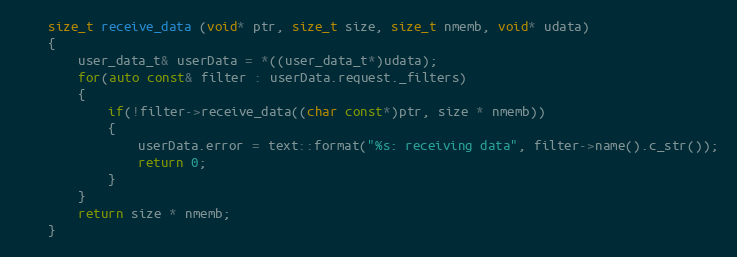
Language: C++
	size_t receive_data (void* ptr, size_t size, size_t nmemb, void* udata)
	{
		user_data_t& userData = *((user_data_t*)udata);
		for(auto const& filter : userData.request._filters)
		{
			if(!filter->receive_data((char const*)ptr, size * nmemb))
			{
				userData.error = text::format("%s: receiving data", filter->name().c_str());
				return 0;
			}
		}
		return size * nmemb;
	}